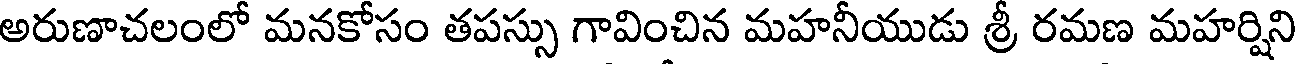
అరుణాచలంలో మనకోసం తపస్సు గావించిన మహనీయుడు శ్రీ రమణ మహర్షిని